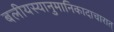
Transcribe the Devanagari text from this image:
बलीयस्यानुमानिकादाचारात्